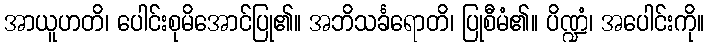
အာယူဟတိ၊ ပေါင်းစုမိအောင်ပြု၏။ အဘိသင်္ခရောတိ၊ ပြုစီမံ၏။ ပိဏ္ဍံ၊ အပေါင်းကို။